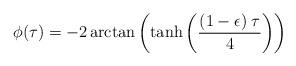
LaTeX: \begin{align*}\phi (\tau) &= -2 \arctan \left( \tanh \left( \frac{(1-\epsilon)\;\tau}{4} \right) \right)\end{align*}